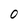
Character: 0